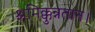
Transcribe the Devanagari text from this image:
श्रमिक्कुन्नतान।